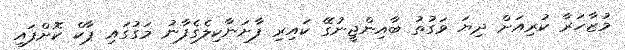
މުޒާހަރާ ކުރިއަށް ދިޔަ ވަގުތު ބާއިންޖީނުގޭ ކައިރި ފާށަނާކިލެގެފާނު މަގުގައި ޕާކް ކޮށްފައި